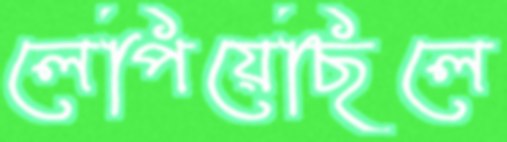
লেপিয়েছিলে